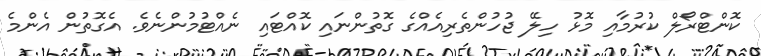
ކޮންޓްރޯލް ކުރުމާއި މޮޅު ހިލޭ ޖުހުންތެރިއެއްގެ ގޮތުންނައި ކޮއްޓައި ނެއްޓުމުންނެވެ. އެގޮތުން އެންމެ